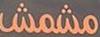
مشمش